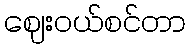
ဈေးဝယ်စင်တာ